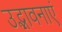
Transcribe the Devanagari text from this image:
उद्भावनाएं